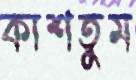
কাশতুম